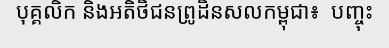
បុគ្គលិក និងអតិថិជនព្រូដិនសលកម្ពុជា៖  បញ្ចុះ